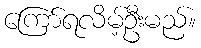
ကြော်ရလိမ့်ဦးမည်။